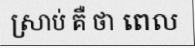
ស្រាប់ គឺ ថា ពេល